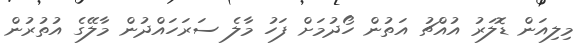
މިލިއަން ޑޮލަރު އުއްޗު އަތުން ހޯދުމަށް ފަހު މާލެ ސަރަހައްދުން މާލޭގެ އުތުރުން